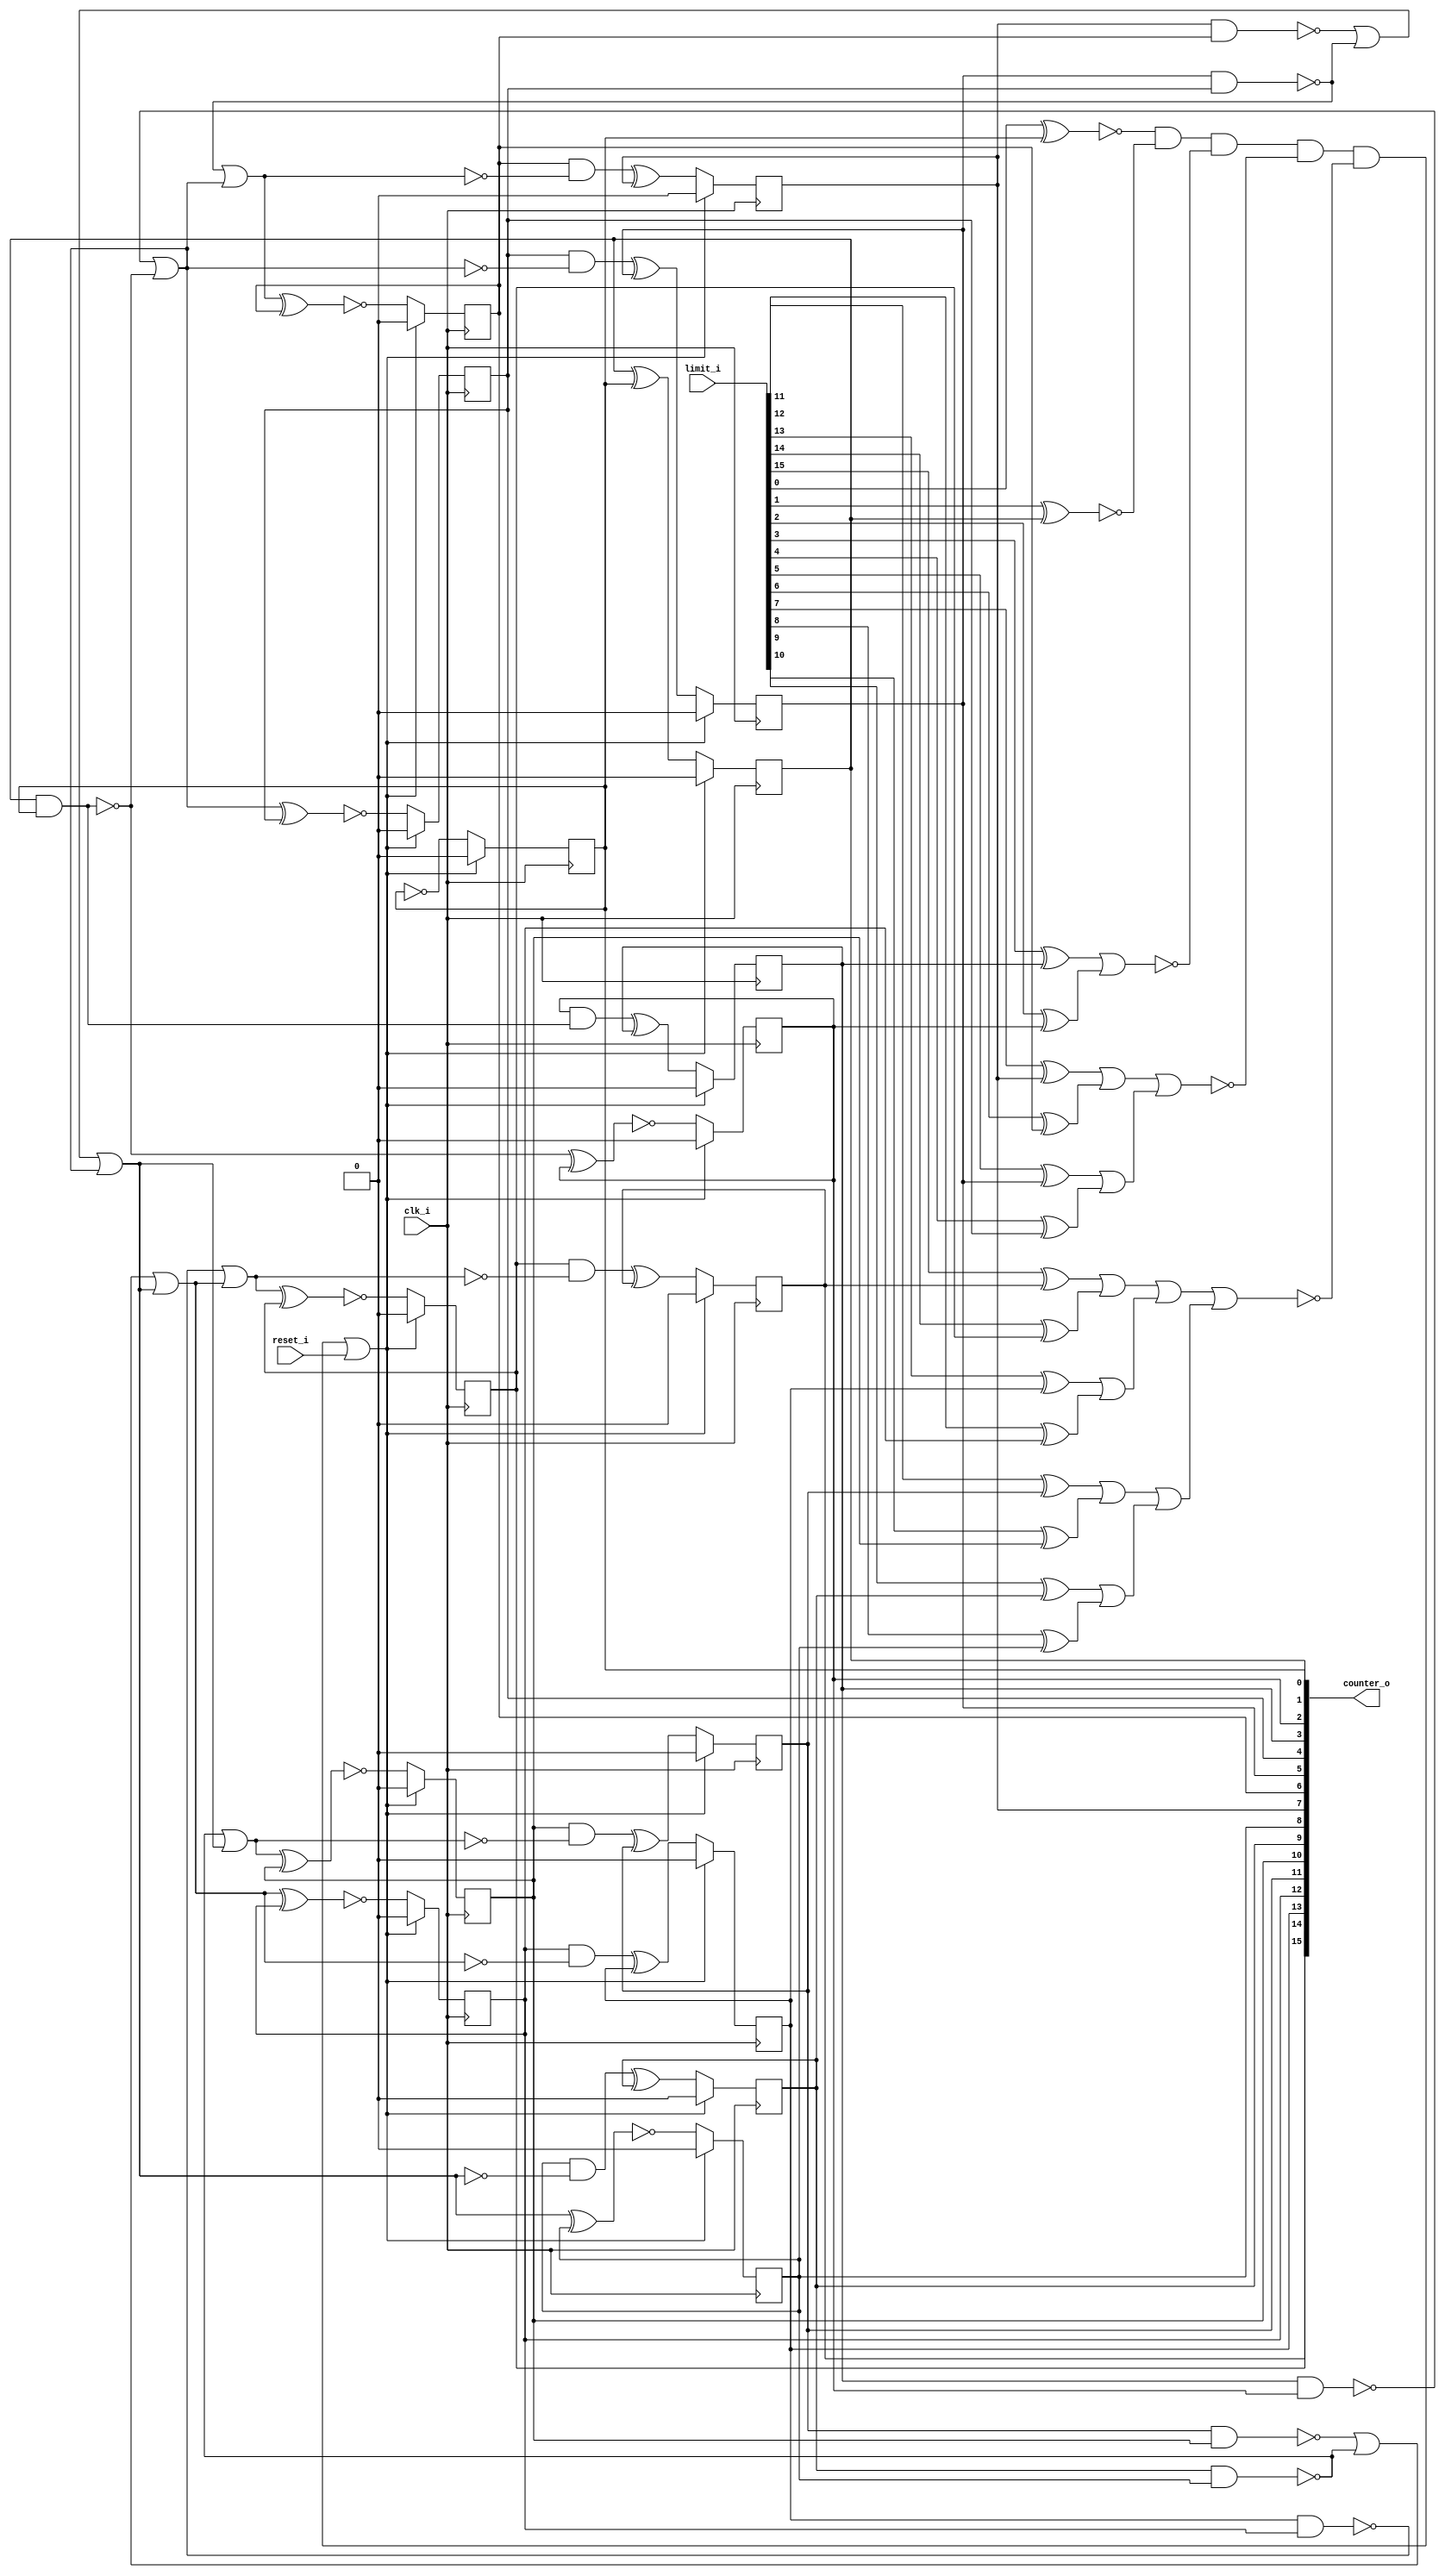
// This program was cloned from: https://github.com/chipsalliance/UHDM-integration-tests
// License: Apache License 2.0

/* Generated by Yosys 0.27+9 (git sha1 101d19bb6, gcc 11.2.0-7ubuntu2 -fPIC -Os) */

(* top =  1  *)

module bsg_counter_dynamic_limit(clk_i, reset_i, limit_i, counter_o);
  wire _000_;
  wire _001_;
  wire _002_;
  wire _003_;
  wire _004_;
  wire _005_;
  wire _006_;
  wire _007_;
  wire _008_;
  wire _009_;
  wire _010_;
  wire _011_;
  wire _012_;
  wire _013_;
  wire _014_;
  wire _015_;
  wire _016_;
  wire _017_;
  wire _018_;
  wire _019_;
  wire _020_;
  wire _021_;
  wire _022_;
  wire _023_;
  wire _024_;
  wire _025_;
  wire _026_;
  wire _027_;
  wire _028_;
  wire _029_;
  wire _030_;
  wire _031_;
  wire _032_;
  wire _033_;
  wire _034_;
  wire _035_;
  wire _036_;
  wire _037_;
  wire _038_;
  wire _039_;
  wire _040_;
  wire _041_;
  wire _042_;
  wire _043_;
  wire _044_;
  wire _045_;
  wire _046_;
  wire _047_;
  wire _048_;
  wire _049_;
  wire _050_;
  wire _051_;
  wire _052_;
  wire _053_;
  (* force_downto = 32'd1 *)
  
  wire [15:0] _054_;
  (* force_downto = 32'd1 *)
  
  wire [15:0] _055_;
  
  input clk_i;
  wire clk_i;
  
  output [15:0] counter_o;
  reg [15:0] counter_o;
  
  input [15:0] limit_i;
  wire [15:0] limit_i;
  
  input reset_i;
  wire reset_i;
  assign _014_ = ~(limit_i[0] ^ counter_o[0]);
  assign _015_ = limit_i[1] ^ counter_o[1];
  assign _016_ = _014_ & ~(_015_);
  assign _017_ = limit_i[2] ^ counter_o[2];
  assign _018_ = limit_i[3] ^ counter_o[3];
  assign _019_ = _018_ | _017_;
  assign _020_ = _016_ & ~(_019_);
  assign _021_ = limit_i[4] ^ counter_o[4];
  assign _022_ = limit_i[5] ^ counter_o[5];
  assign _023_ = _022_ | _021_;
  assign _024_ = limit_i[6] ^ counter_o[6];
  assign _025_ = limit_i[7] ^ counter_o[7];
  assign _026_ = _025_ | _024_;
  assign _027_ = _026_ | _023_;
  assign _028_ = _020_ & ~(_027_);
  assign _029_ = limit_i[8] ^ counter_o[8];
  assign _030_ = limit_i[9] ^ counter_o[9];
  assign _031_ = _030_ | _029_;
  assign _032_ = limit_i[10] ^ counter_o[10];
  assign _033_ = limit_i[11] ^ counter_o[11];
  assign _034_ = _033_ | _032_;
  assign _035_ = _034_ | _031_;
  assign _036_ = limit_i[12] ^ counter_o[12];
  assign _037_ = limit_i[13] ^ counter_o[13];
  assign _038_ = _037_ | _036_;
  assign _039_ = limit_i[14] ^ counter_o[14];
  assign _040_ = limit_i[15] ^ counter_o[15];
  assign _041_ = _040_ | _039_;
  assign _042_ = _041_ | _038_;
  assign _043_ = _042_ | _035_;
  assign _044_ = _028_ & ~(_043_);
  assign _000_ = _044_ | reset_i;
  assign _054_[0] = ~counter_o[0];
  assign _055_[1] = counter_o[1] ^ counter_o[0];
  assign _045_ = ~(counter_o[1] & counter_o[0]);
  assign _055_[2] = ~(_045_ ^ counter_o[2]);
  assign _046_ = counter_o[2] & ~(_045_);
  assign _055_[3] = _046_ ^ counter_o[3];
  assign _047_ = ~(counter_o[3] & counter_o[2]);
  assign _048_ = _047_ | _045_;
  assign _055_[4] = ~(_048_ ^ counter_o[4]);
  assign _049_ = counter_o[4] & ~(_048_);
  assign _055_[5] = _049_ ^ counter_o[5];
  assign _050_ = ~(counter_o[5] & counter_o[4]);
  assign _051_ = _050_ | _048_;
  assign _055_[6] = ~(_051_ ^ counter_o[6]);
  assign _052_ = counter_o[6] & ~(_051_);
  assign _055_[7] = _052_ ^ counter_o[7];
  assign _053_ = ~(counter_o[7] & counter_o[6]);
  assign _001_ = _053_ | _050_;
  assign _002_ = _001_ | _048_;
  assign _055_[8] = ~(_002_ ^ counter_o[8]);
  assign _003_ = counter_o[8] & ~(_002_);
  assign _055_[9] = _003_ ^ counter_o[9];
  assign _004_ = ~(counter_o[9] & counter_o[8]);
  assign _005_ = _004_ | _002_;
  assign _055_[10] = ~(_005_ ^ counter_o[10]);
  assign _006_ = counter_o[10] & ~(_005_);
  assign _055_[11] = _006_ ^ counter_o[11];
  assign _007_ = ~(counter_o[11] & counter_o[10]);
  assign _008_ = _007_ | _004_;
  assign _009_ = _008_ | _002_;
  assign _055_[12] = ~(_009_ ^ counter_o[12]);
  assign _010_ = counter_o[12] & ~(_009_);
  assign _055_[13] = _010_ ^ counter_o[13];
  assign _011_ = ~(counter_o[13] & counter_o[12]);
  assign _012_ = _011_ | _009_;
  assign _055_[14] = ~(_012_ ^ counter_o[14]);
  assign _013_ = counter_o[14] & ~(_012_);
  assign _055_[15] = _013_ ^ counter_o[15];
  (* \always_ff  = 32'd1 *)
  
  always @(posedge clk_i)
    if (_000_) counter_o[0] <= 1'h0;
    else counter_o[0] <= _054_[0];
  (* \always_ff  = 32'd1 *)
  
  always @(posedge clk_i)
    if (_000_) counter_o[1] <= 1'h0;
    else counter_o[1] <= _055_[1];
  (* \always_ff  = 32'd1 *)
  
  always @(posedge clk_i)
    if (_000_) counter_o[2] <= 1'h0;
    else counter_o[2] <= _055_[2];
  (* \always_ff  = 32'd1 *)
  
  always @(posedge clk_i)
    if (_000_) counter_o[3] <= 1'h0;
    else counter_o[3] <= _055_[3];
  (* \always_ff  = 32'd1 *)
  
  always @(posedge clk_i)
    if (_000_) counter_o[4] <= 1'h0;
    else counter_o[4] <= _055_[4];
  (* \always_ff  = 32'd1 *)
  
  always @(posedge clk_i)
    if (_000_) counter_o[5] <= 1'h0;
    else counter_o[5] <= _055_[5];
  (* \always_ff  = 32'd1 *)
  
  always @(posedge clk_i)
    if (_000_) counter_o[6] <= 1'h0;
    else counter_o[6] <= _055_[6];
  (* \always_ff  = 32'd1 *)
  
  always @(posedge clk_i)
    if (_000_) counter_o[7] <= 1'h0;
    else counter_o[7] <= _055_[7];
  (* \always_ff  = 32'd1 *)
  
  always @(posedge clk_i)
    if (_000_) counter_o[8] <= 1'h0;
    else counter_o[8] <= _055_[8];
  (* \always_ff  = 32'd1 *)
  
  always @(posedge clk_i)
    if (_000_) counter_o[9] <= 1'h0;
    else counter_o[9] <= _055_[9];
  (* \always_ff  = 32'd1 *)
  
  always @(posedge clk_i)
    if (_000_) counter_o[10] <= 1'h0;
    else counter_o[10] <= _055_[10];
  (* \always_ff  = 32'd1 *)
  
  always @(posedge clk_i)
    if (_000_) counter_o[11] <= 1'h0;
    else counter_o[11] <= _055_[11];
  (* \always_ff  = 32'd1 *)
  
  always @(posedge clk_i)
    if (_000_) counter_o[12] <= 1'h0;
    else counter_o[12] <= _055_[12];
  (* \always_ff  = 32'd1 *)
  
  always @(posedge clk_i)
    if (_000_) counter_o[13] <= 1'h0;
    else counter_o[13] <= _055_[13];
  (* \always_ff  = 32'd1 *)
  
  always @(posedge clk_i)
    if (_000_) counter_o[14] <= 1'h0;
    else counter_o[14] <= _055_[14];
  (* \always_ff  = 32'd1 *)
  
  always @(posedge clk_i)
    if (_000_) counter_o[15] <= 1'h0;
    else counter_o[15] <= _055_[15];
  assign _054_[15:1] = counter_o[15:1];
  assign _055_[0] = _054_[0];
endmodule